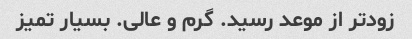
زودتر از موعد رسید. گرم و عالی. بسیار تمیز